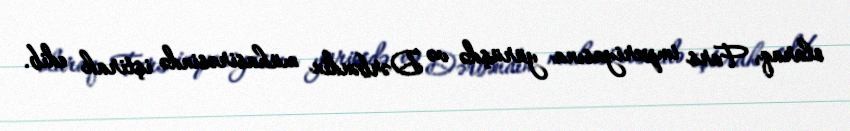
olaraq, Fars imperiyasına yürüşdə və Dərbəndin mühasirəsində iştirak edib.